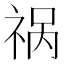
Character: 祸